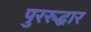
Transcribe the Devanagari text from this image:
पुररुद्धार